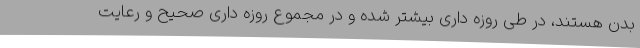
بدن هستند، در طی روزه داری بیشتر شده و در مجموع روزه داری صحیح و رعایت